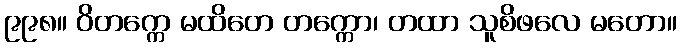
၉၉၈။ ဝိတက္ကေ မထိတေ တက္ကော၊ တထာ သူစိဖလေ မတော။